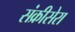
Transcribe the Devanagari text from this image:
संक्रीसेरा